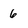
Character: 6